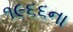
૧૯૬૬ના